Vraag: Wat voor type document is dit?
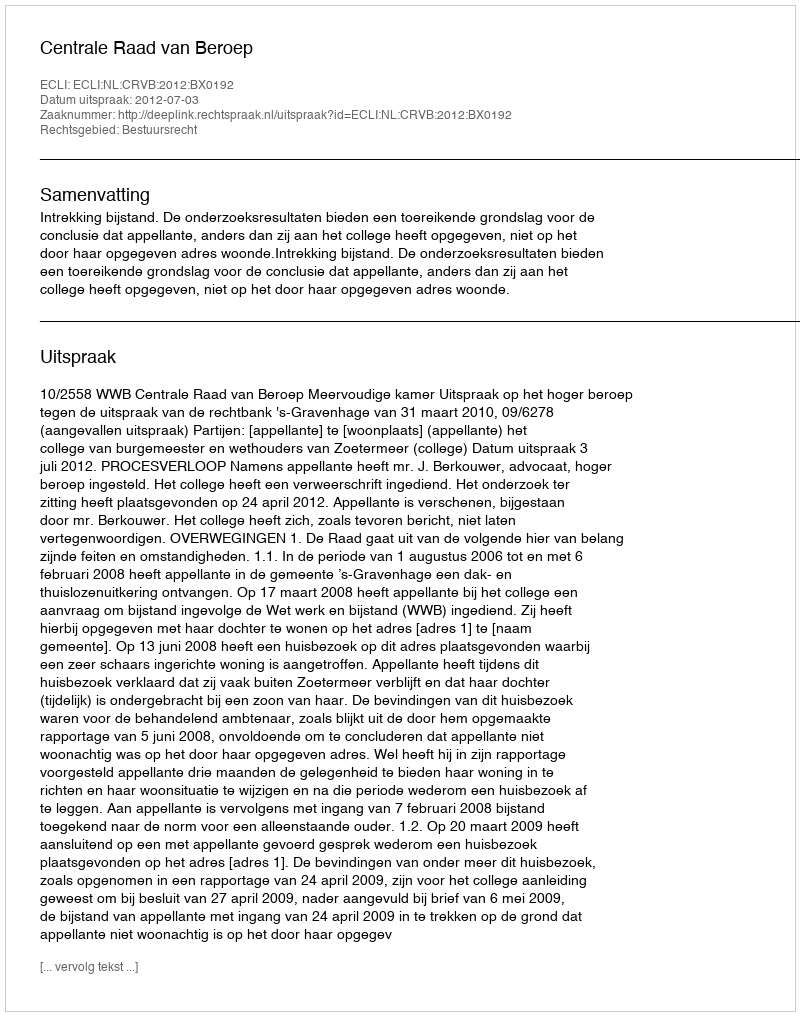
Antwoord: Uitspraak